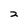
Character: 2